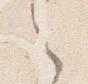
之